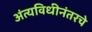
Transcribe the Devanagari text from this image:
अंत्यविधीनंतरचे